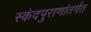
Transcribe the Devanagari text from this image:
स्कंदपुराणांतर्गत